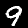
Label: 9